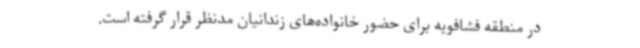
در منطقه فشافویه برای حضور خانواده‌های زندانیان مدنظر قرار گرفته است.